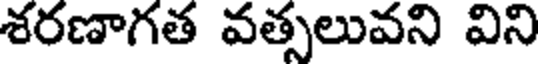
శరణాగత వత్సలువని విని